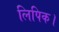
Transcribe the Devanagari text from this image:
लिपिक।